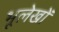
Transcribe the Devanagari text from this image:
भूलेखों